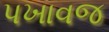
પખાવજ